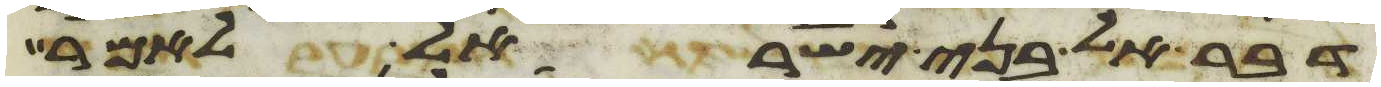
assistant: דבר אל בני ישראל לאמר